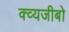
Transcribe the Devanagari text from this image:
क्व्यजीबो